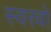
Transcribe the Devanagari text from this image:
स्वरवो